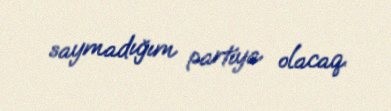
saymadığım partiya olacaq.